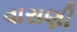
વાસણી